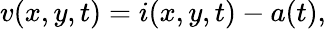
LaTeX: v(x,y,t)=i(x,y,t)-a(t),